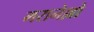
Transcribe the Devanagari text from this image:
मरानेल्लो